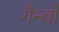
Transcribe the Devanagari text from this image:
गैन्चो